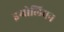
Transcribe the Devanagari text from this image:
इयोलियन